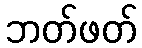
ဘတ်ဖတ်